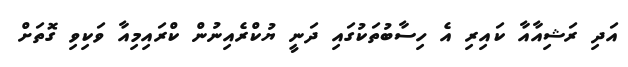
އަދި ރަޝިއާއާ ކައިރި އެ ހިސާބުތަކުގައި ދަނީ ޔުކްރެއިނުން ކްރައިމިއާ ވަކިވި ގޮތަށް